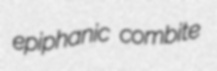
epiphanic combite